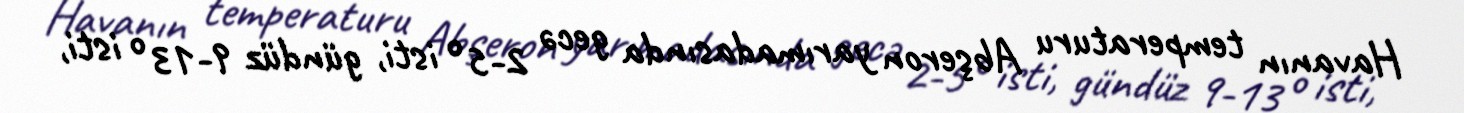
Havanın temperaturu Abşeron yarımadasında gecə 2-5° isti, gündüz 9-13° isti,